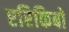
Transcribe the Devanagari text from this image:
एरिकिबो